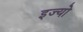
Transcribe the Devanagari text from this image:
इज्यो